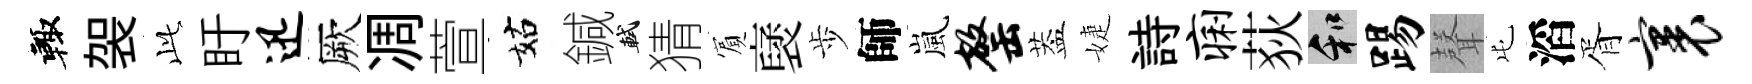
輙袈𬼘盱迅厥凋萱姑鍼軾猜賔裦歩師嵐罄葢婕詩痢荻和踢𮋻屯滔胥裹